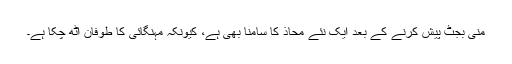
منی بجٹ پیش کرنے کے بعد ایک نئے محاذ کا سامنا بھی ہے، کیونکہ مہنگائی کا طوفان اٹھ چکا ہے۔